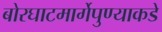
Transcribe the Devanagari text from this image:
बोरघाटमार्गेपुण्याकडे